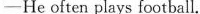
—He often plays football.